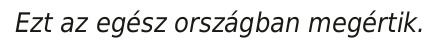
Ezt az egész országban megértik.